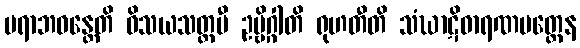
ပရာဘဝန္တေတိ ဝိသယသတ္တမီ ဥဗ္ဗိဂ္ဂါတိ ရုဟတီတိ သံဃာဋိဓာရဏမတ္တေန